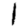
Digit: 1